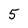
Character: 5